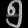
Digit: ၅